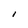
Character: l